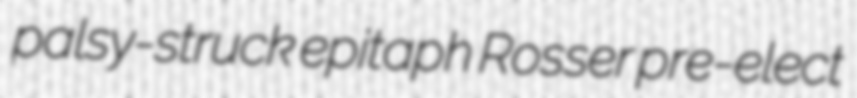
palsy-struck epitaph Rosser pre-elect